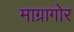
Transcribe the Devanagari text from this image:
माग्रागोर